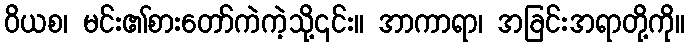
ဝိယစ၊ မင်း၏စားတော်ကဲကဲ့သို့၎င်း။ အာကာရာ၊ အခြင်းအရာတို့ကို။